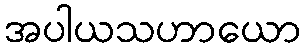
အပါယသဟာယော